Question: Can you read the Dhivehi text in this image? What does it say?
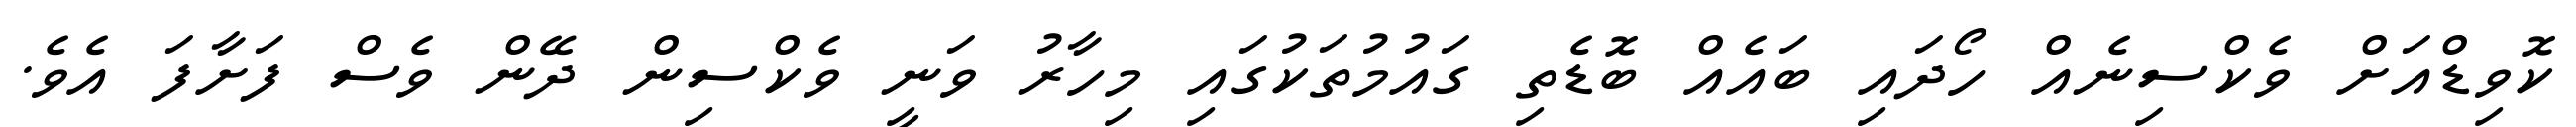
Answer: ކޮވިޑްއަށް ވެކްސިނެއް ހޯދައި ބައެއް ބޮޑެތި ގައުމުތަކުގައި މިހާރު ވަނީ ވެކްސިން ދޭން ވެސް ފަށާފަ އެވެ.